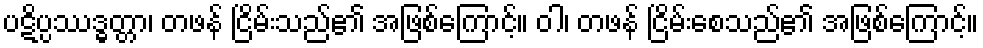
ပဋိပ္ပဿဒ္ဓတ္တာ၊ တဖန် ငြိမ်းသည်၏ အဖြစ်ကြောင့်။ ဝါ၊ တဖန် ငြိမ်းစေသည်၏ အဖြစ်ကြောင့်။